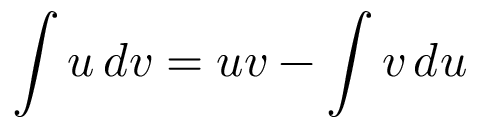
\int u \, d v = u v - \int v \, d u